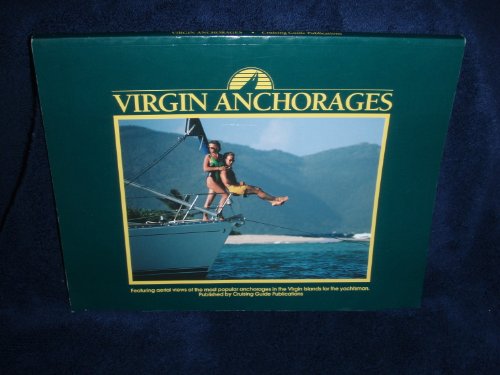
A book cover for Virgin Anchorages; Simon Scott; Travel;